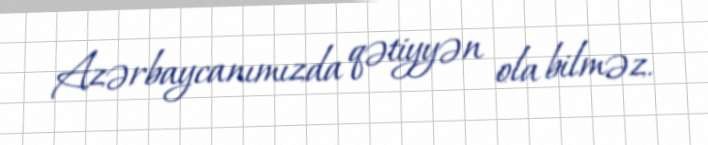
Azərbaycanımızda qətiyyən ola bilməz.